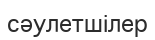
сәулетшілер